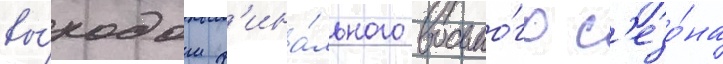
вы́ходом ф'ина́льного восьмо́го с'езо́на